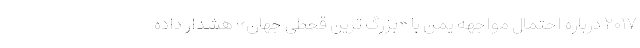
۲۰۱۷ درباره احتمال مواجهه یمن با «بزرگ ترین قحطی جهان» هشدار داده